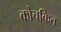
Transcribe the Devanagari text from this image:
कोचकित